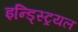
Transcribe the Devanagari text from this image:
इन्ड्स्ट्रियल